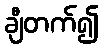
ချီတက်၍